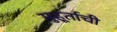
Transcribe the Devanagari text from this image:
मुहूर्ताची